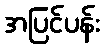
အပြင်ပန်း